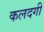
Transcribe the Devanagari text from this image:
कलदगी